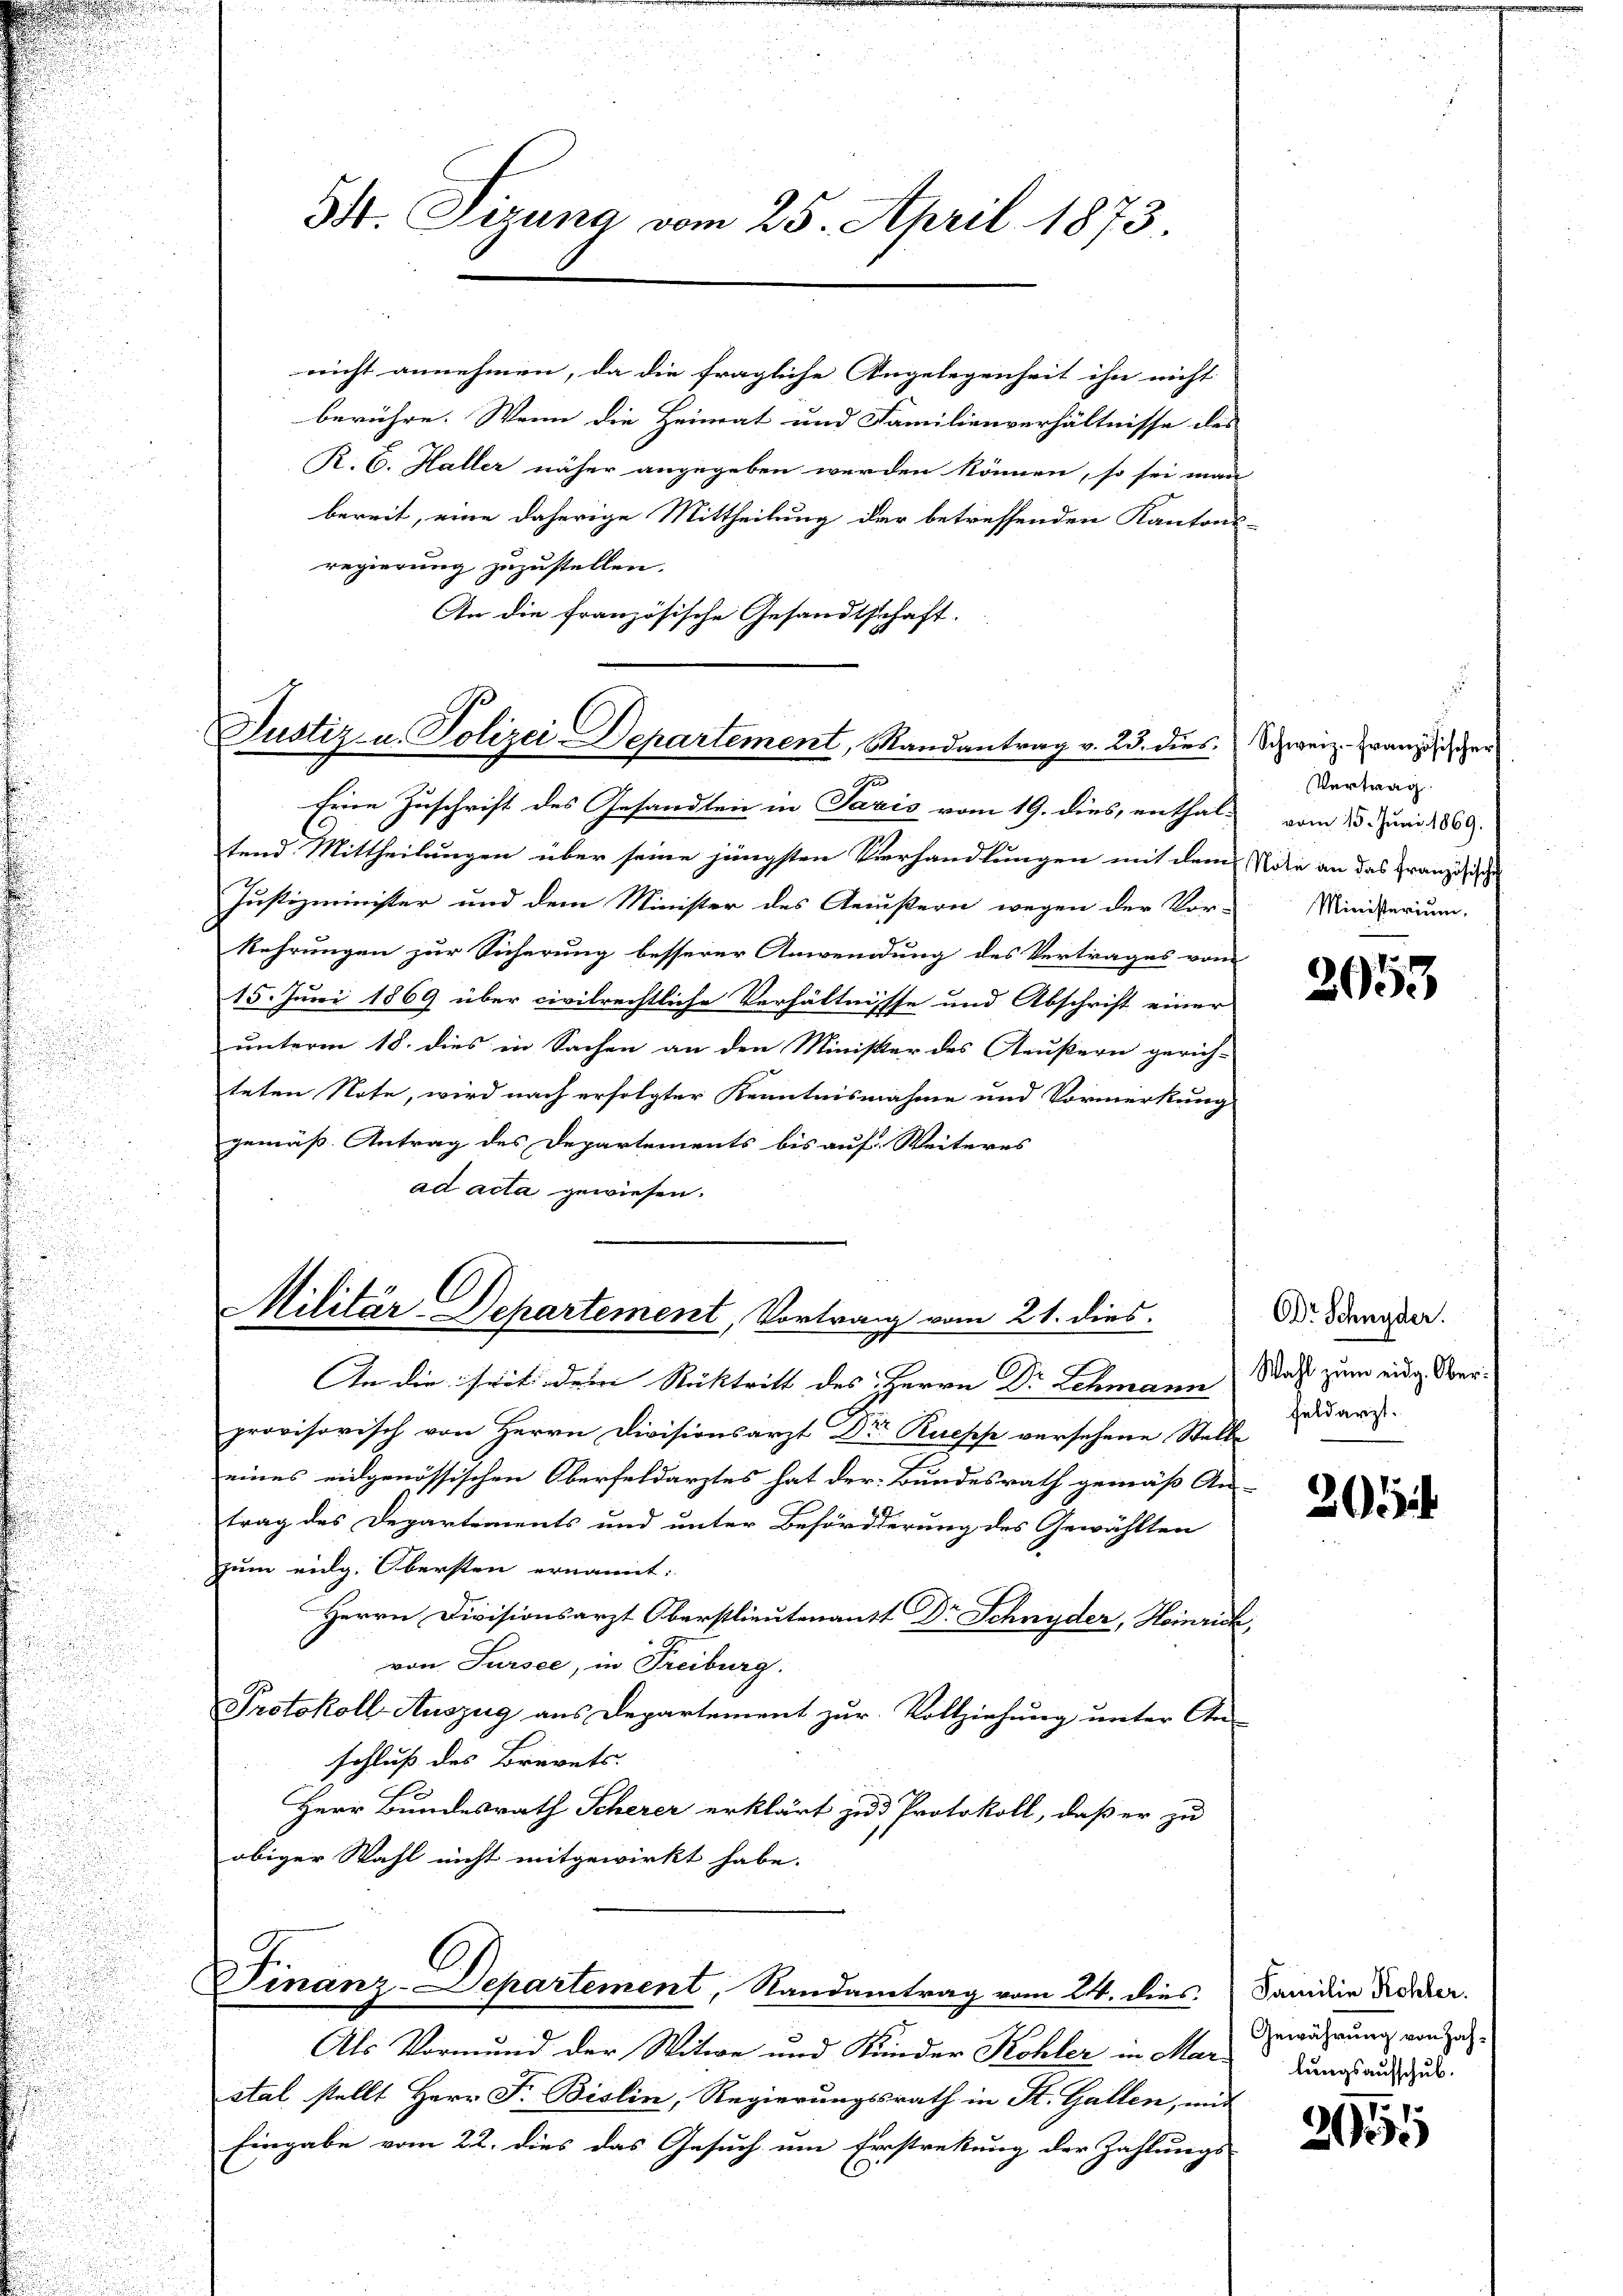
S. Tizung vom 25. April 1873.

nicht annehmen, da die fragliche Angelegenheit ihn nicht
berühre. Wenn die Heimat und Familienverhältnisse des
R. C. Haller näher angegeben werden können, so sei man
bereit, eine daherige Mittheilung der betreffenden Kantons-
regierung zuzustellen.
An die französische Gesandtschaft.

Eine Zuschrift des Gesandten in Paris vom 19. dies, enthal-
send Mittheilungen über seine jüngsten Vierhandlungen mit dem Note an das Französisch
Justizminister und dem Minister des Aeußern wegen der Vor-
Rehrungen zur Sicherung besserer Anwendung des Vertrages vom
15. Juni 1869 über civilrechtliche Verhältnisse und Abschrift einer
unterm 18. dies in Sachen an den Minister des Aeußern gerich-
teten Note, wird nach erfolgter Kenntnisnahme und Vormerkung
gemäß Antrag des Departements bis auf Weiteres
ad acta gewiesen.

An die seit dem Rücktritt des Herrn Dr Schmann
provisorisch von Herrn Divisionsarzt Dr Ruepp versehene Stelle
e
eines eidgenössischen Oberfeldarztes hat der Bundesrath gemäß An-
trag des Departements und unter Beförderung des Gewählten
zum eidg. Obersten ernannt:
Herrn Divisionsarzt Oberstlieutenant Dr Schnyder, Heinrich,
von Sursee, in Freiburg.
Protokoll-Auszug aus Departement zur Vollziehung unter An-
schluß des Brevets.
Herr Bundesrath Scherer erklärt zu Protokoll, daß er zu
obiger Wahl nicht mitgewirkt habe.

Justiz- u. Polizei Departement, Randantrag v. 23. dies
A

Militär-Departement, Vortrag vom 21. dies

J
Dinanz-Departement, Randantrag vom 24. dies

Als Vormund der Witwe und Kinder Kohler in Mar-
stal stellt Herr F. Bislin, Regierungsrath in St. Gallen, mi
Eingabe vom 22. dies das Gesuch um Ernstrekung der Zahlungs

Schweiz.- Französischer
Vertrag
vom 15. Juni 1869.
Ministerium.

2953

DDr. Schnyder.
Wahl zum eidg. Ober
feldarzt.

201

Familie Kohler.
Gewährung von Zahlungsaufschub.

211